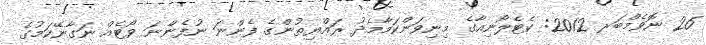
26 ނޮވެމްބަރ 2012: ކެޓެލޯނިއާގެ މިނިވަންކަމާމެދު ރައްޔިތުންގެ ފެންނަ ނުފެންނަ ވޯޓެއް ނަގާނޭކަމުގެ